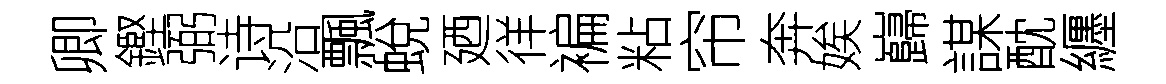
卿鏗弼诗沿飄蛻廼徉褊粘帘奔娭巋謀酖纒